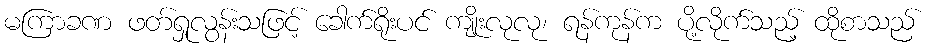
မကြာခဏ ဖတ်ရှုလွန်းသဖြင့် ခေါက်ရိုးပင် ကျိုးလုလု၊ ရန်ကုန်က ပို့လိုက်သည့် ထိုစာသည်